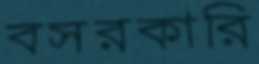
বসরকারি